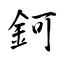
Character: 鈳